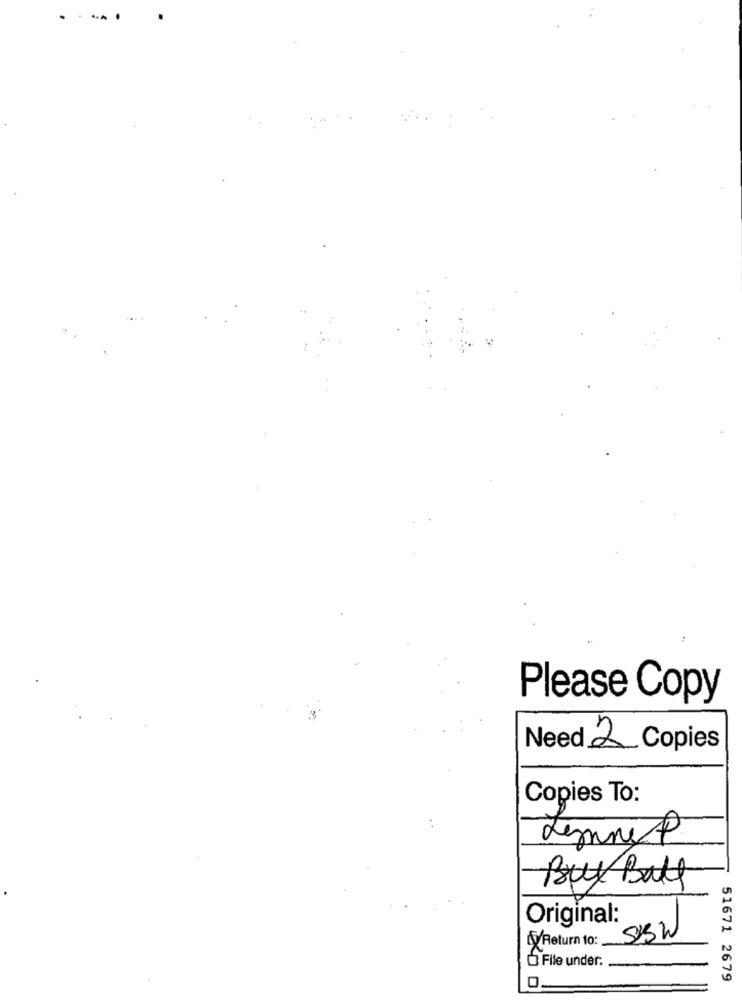
Please Copy
Need 2 Copies
Copies To:
Lenny P
Buy Ball
Original:
/Return to:
SISW
File under:
51671 2679